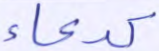
كدعاء